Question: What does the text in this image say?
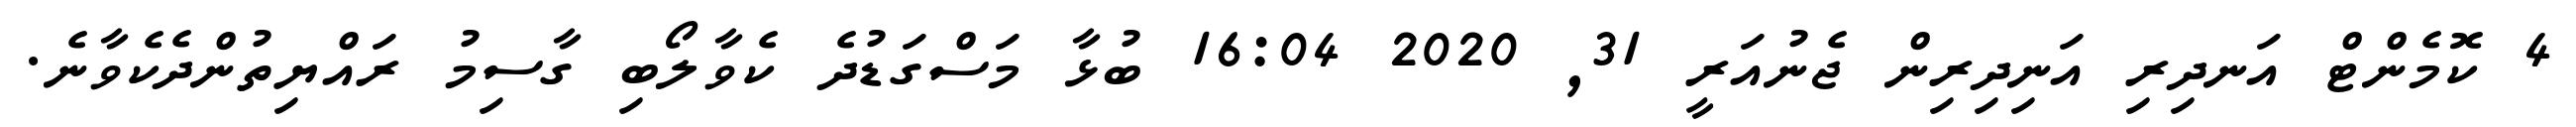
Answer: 4 ކޮމެންޓް އަނދިރި އަނިދިރިން ޖެނުއަރީ 31, 2020 16:04 ބުޅާ މަސްގަޑުދެ ކެވާލޯބި ގާސިމު ރައްޔިތުންދެކެވާނެ.